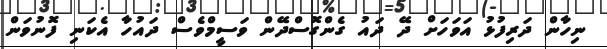
ނިހާން ދަރިފުޅު އަވަހަށް ދޭ ދައު ގެންގޮސްދޭން ވަސީމްވެސް ދައުހާ އެކަނި ފޮނުވަން